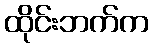
ထိုင်းဘက်က